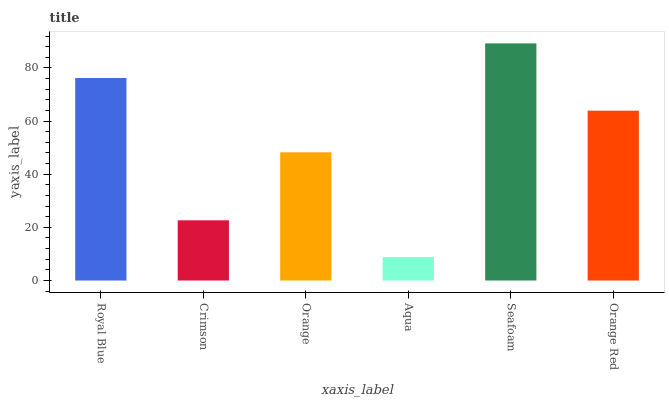
| xaxis_label | bars |
 | --- | --- |
 | Royal Blue | 76.2 |
 | Crimson | 22.7 |
 | Orange | 48.2 |
 | Aqua | 8.86 |
 | Seafoam | 89.2 |
 | Orange Red | 63.9 |